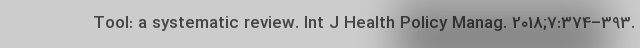
Tool: a systematic review. Int J Health Policy Manag. 2018;7:374–393.